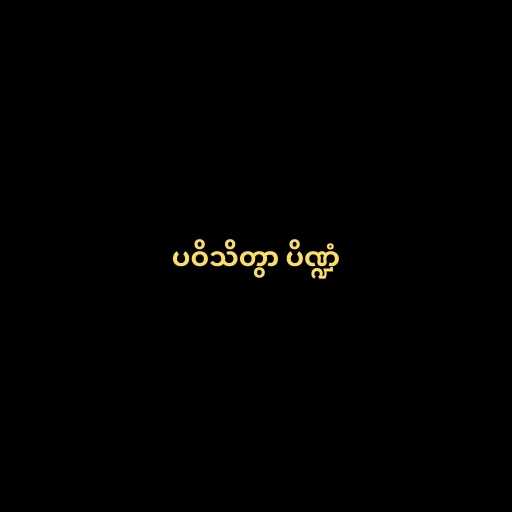
ပဝိသိတွာ ပိဏ္ဍံ